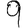
Digit: 9